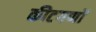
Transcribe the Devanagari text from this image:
कीटगणों